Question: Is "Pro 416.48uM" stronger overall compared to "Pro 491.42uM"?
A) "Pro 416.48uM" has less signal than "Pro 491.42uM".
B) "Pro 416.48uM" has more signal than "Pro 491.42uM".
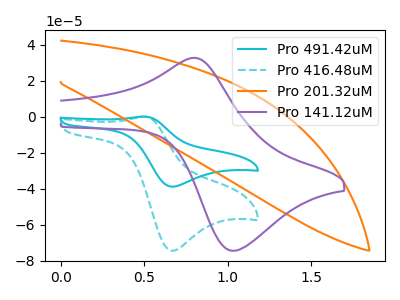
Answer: <think>The cyan curve "Pro 491.42uM" has an anodic peak at (0.50V, 0.00uA) and a cathodic peak at (0.65V, -38.85uA). The cyan dashed curve "Pro 416.48uM" has an anodic peak at (0.50V, 0.05uA) and a cathodic peak at (0.65V, -74.40uA). The orange curve "Pro 201.32uM" has no peaks. The purple curve "Pro 141.12uM" has an anodic peak at (0.80V, 32.60uA) and a cathodic peak at (1.05V, -74.40uA).
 All the peaks in "Pro 416.48uM" have a peak in "Pro 491.42uM" at the same potential. Every peak in "Pro 416.48uM" is higher than every peak in "Pro 491.42uM".</think>
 <answer>B) "Pro 416.48uM" has more signal than "Pro 491.42uM".</answer>
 <eval>B</eval>